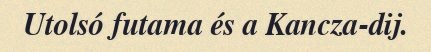
Utolsó futama és a Kancza-dij.